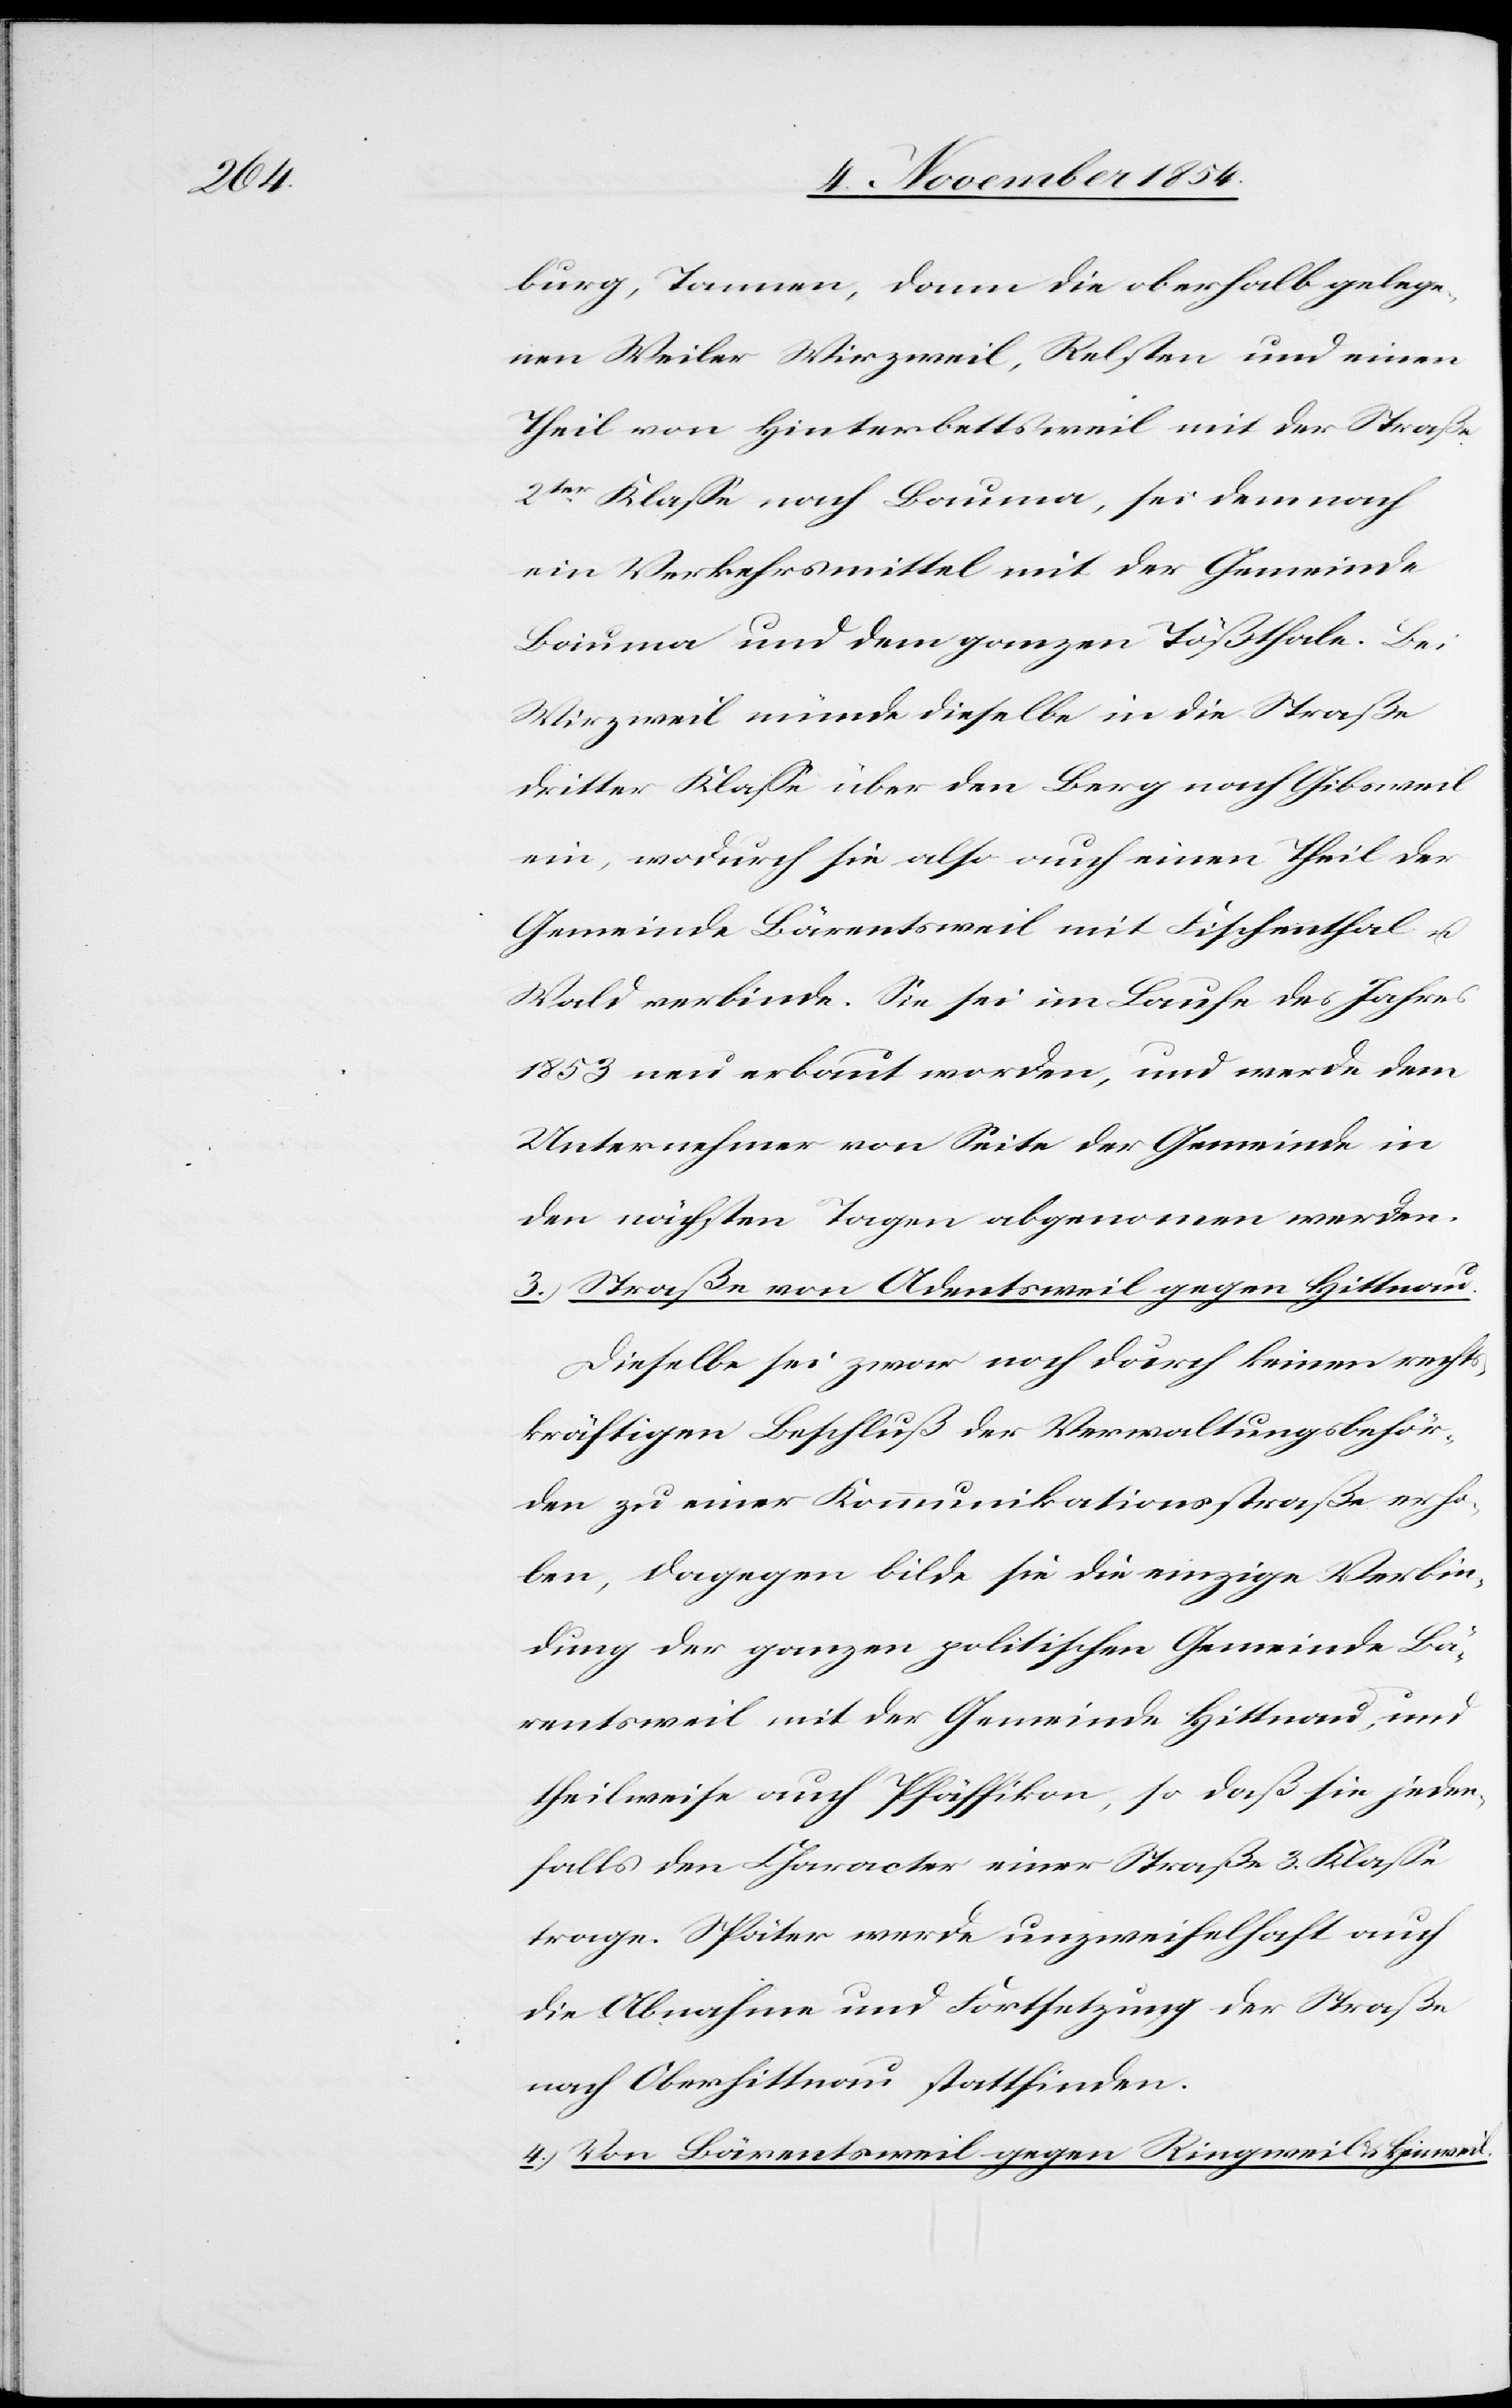
burg, Tannen, dann die oberhalb gelege¬
nen Weiler Wirzweil, Relsten und einen
Theil von Hinterbettsweil mit der Straße
2ter Klaße nach Bauma, sei demnach
ein Verkehrsmittel mit der Gemeinde
Bauma und dem ganzen Tößthale. Bei
Wirzweil münde dieselbe in die Straße
dritter Klaße über den Berg nach Gibsweil
ein, wodurch sie also auch einen Theil der
Gemeinde Bärentsweil mit Fischenthal u.
Wald verbinde. Sie sei im Laufe des Jahres
1853 neu erbaut worden, und werde dem
Unternehmer von Seite der Gemeinde in
den nächsten Tagen abgenommen werden.
3.) Straße von Adentsweil gegen Hittnau.
Dieselbe sei zwar noch durch keinen rechts¬
kräftigen Beschluß der Verwaltungsbehör¬
den zu einer Kommunikationsstraße erho¬
ben, dagegen bilde sie die einzige Verbin¬
dung der ganzen politischen Gemeinde Bä¬
rentsweil mit der Gemeinde Hittnau, und
theilweise auch Pfäffikon, so daß sie jeden¬
falls den Character einer Straße 3. Klaße
trage. Später werde unzweifelhaft auch
die Abnahme und Fortsetzung der Straße
nach Oberhittnau stattfinden.
4.) Von Bärentsweil gegen Ringweil u. Hinweil.